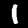
Label: 1